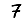
Digit: 7